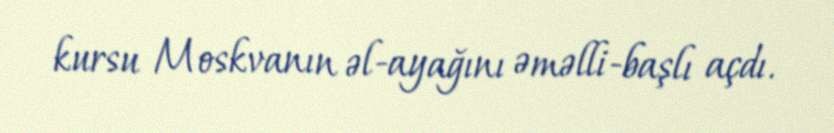
kursu Moskvanın əl-ayağını əməlli-başlı açdı.